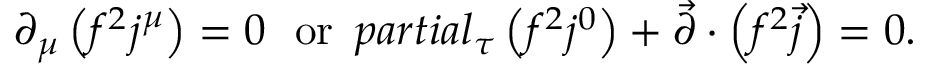
\partial _ { \mu } \left( f ^ { 2 } j ^ { \mu } \right) = 0 \ \ \mathrm { o r } \ \, p a r t i a l _ { \tau } \left( f ^ { 2 } j ^ { 0 } \right) + \vec { \partial } \cdot \left( f ^ { 2 } \vec { j } \right) = 0 .